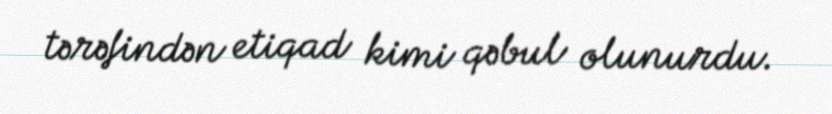
tərəfindən etiqad kimi qəbul olunurdu.